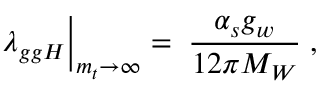
\lambda _ { g g H } \Bigl | _ { m _ { t } \to \infty } \; = \; \frac { \alpha _ { s } g _ { w } } { 1 2 \pi M _ { W } } \; ,